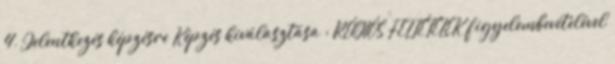
4. Jelentkezés képzésre Képzés kiválasztása : RÉGIÓS FELTÉTELEK figyelembevételével